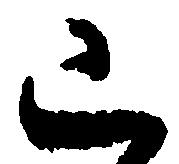
已